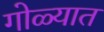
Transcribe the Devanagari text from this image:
गोळ्यात